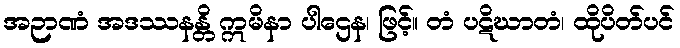
အဉာဏံ အဒဿနန္တိ ဣမိနာ ပါဌေန၊ ဖြင့်။ တံ ပဋိဃာတံ၊ ထိုပိတ်ပင်